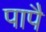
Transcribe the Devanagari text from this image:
पापै